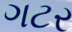
ગટર